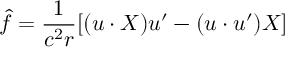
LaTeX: \widehat { f } = \frac 1 { c ^ { 2 } r } [ ( u \cdot X ) u ^ { \prime } - ( u \cdot u ^ { \prime } ) X ]